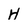
Character: H